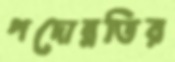
পদোন্নতির